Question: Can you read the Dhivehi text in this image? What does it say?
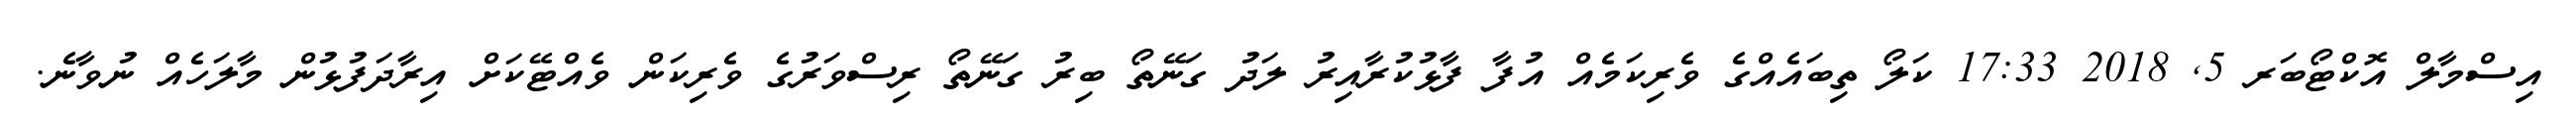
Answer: އިސްމާލް އޮކްޓޯބަރ 5, 2018 17:33 ކަލޯ ތިބައެއްގެ ވެރިކަމެއް އުފާ ފާޅުކުރާއިރު ލަދު ގަނޭތޯ ބިރު ގަނޭތޯ ރިސްވަރުގެ ވެރިކަން ވެއްޓޭކަށް އިރާދަފުޅުން މާލަހެއް ނުވާނެ.